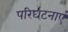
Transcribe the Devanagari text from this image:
परिघटनाएं